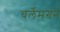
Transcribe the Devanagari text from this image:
चर्लेमगने